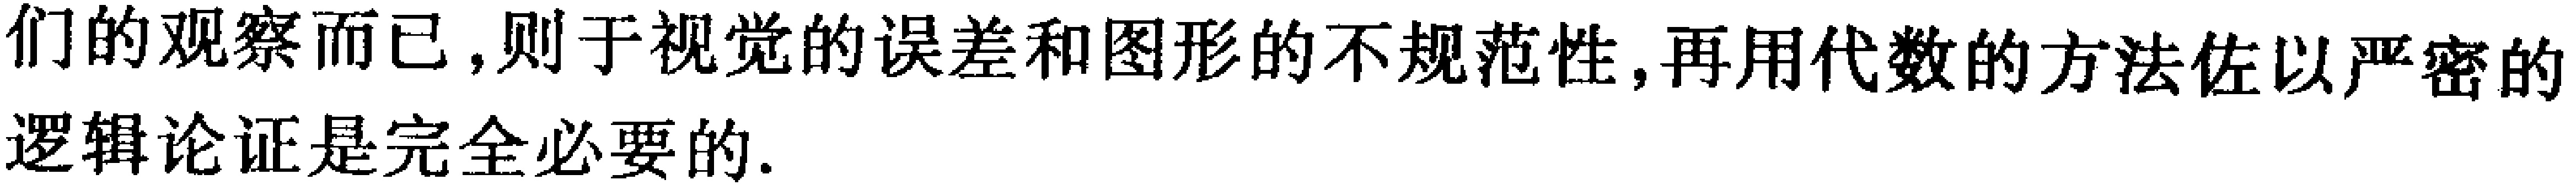
们的观察而已,则于视觉的误差和图形的不规范性,再用代数的方法佐以严密的逻辑论证是完全必要的.